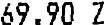
69.90 Z